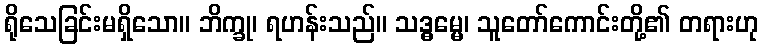
ရိုသေခြင်းမရှိသော။ ဘိက္ခု၊ ရဟန်းသည်။ သဒ္ဓမ္မေ၊ သူတော်ကောင်းတို့၏ တရားဟု